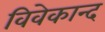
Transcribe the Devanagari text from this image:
विवेकान्‍द